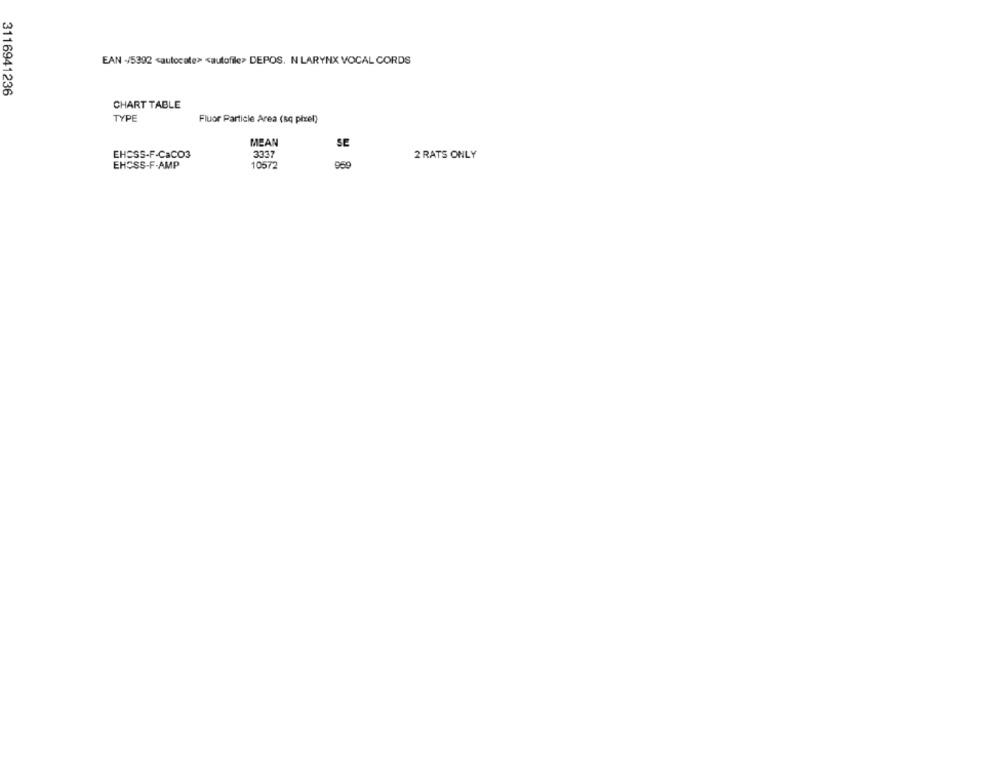
EAN -/5392 cautocate> <autofile> DEPOS. N LARYNX VOCAL CORDS
3116941236
CHART TABLE
TYPE
Fluor Particle Area (sq pixel)
MEAN
SE
3337
EHESS-F-CaCO3
2 RATS ONLY
EHCSS-F-AMP
10572
959